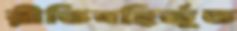
রীতিবহির্ভূত